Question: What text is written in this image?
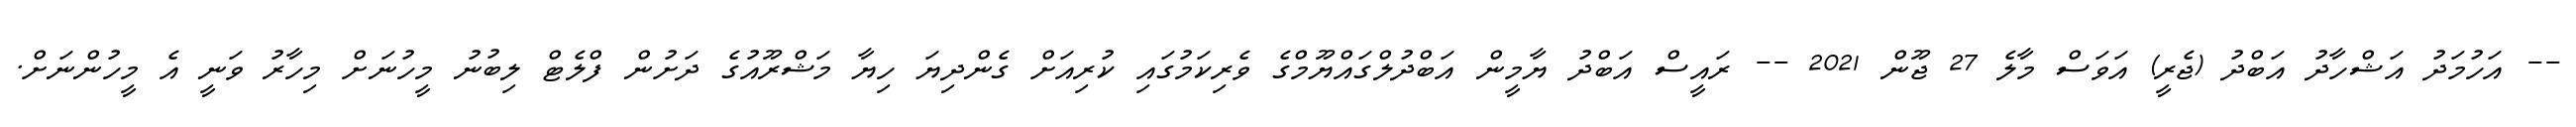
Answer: -- އަހުމަދު އަޝްހާދު އަބްދު (ޖެރީ) އަވަސް މާލެ 27 ޖޫން 2021 -- ރައީސް އަބްދު ޔާމީން އަބްދުލްގައްޔޫމްގެ ވެރިކަމުގައި ކުރިއަށް ގެންދިޔަ ހިޔާ މަޝްރޫއުގެ ދަށުން ފްލެޓް ލިބުނު މީހުނަށް މިހާރު ވަނީ އެ މީހުންނަށް.